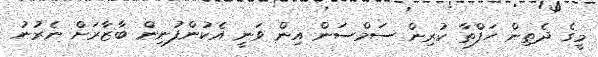
މީގެ ދެތިން ހަފްތާ ކުރިން ސަމްސަން އިން ވަނީ އެކުންފުނިން ބާޒާރަށް ނެރުނު